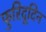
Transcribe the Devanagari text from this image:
फुरिदूदिन